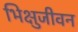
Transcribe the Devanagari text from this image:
भिक्षुजीवन